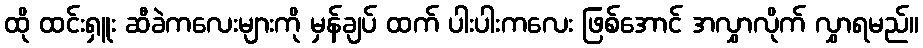
ထို ထင်းရှူး ဆီခဲကလေးများကို မှန်ချပ် ထက် ပါးပါးကလေး ဖြစ်အောင် အလွှာလိုက် လွှာရမည်။